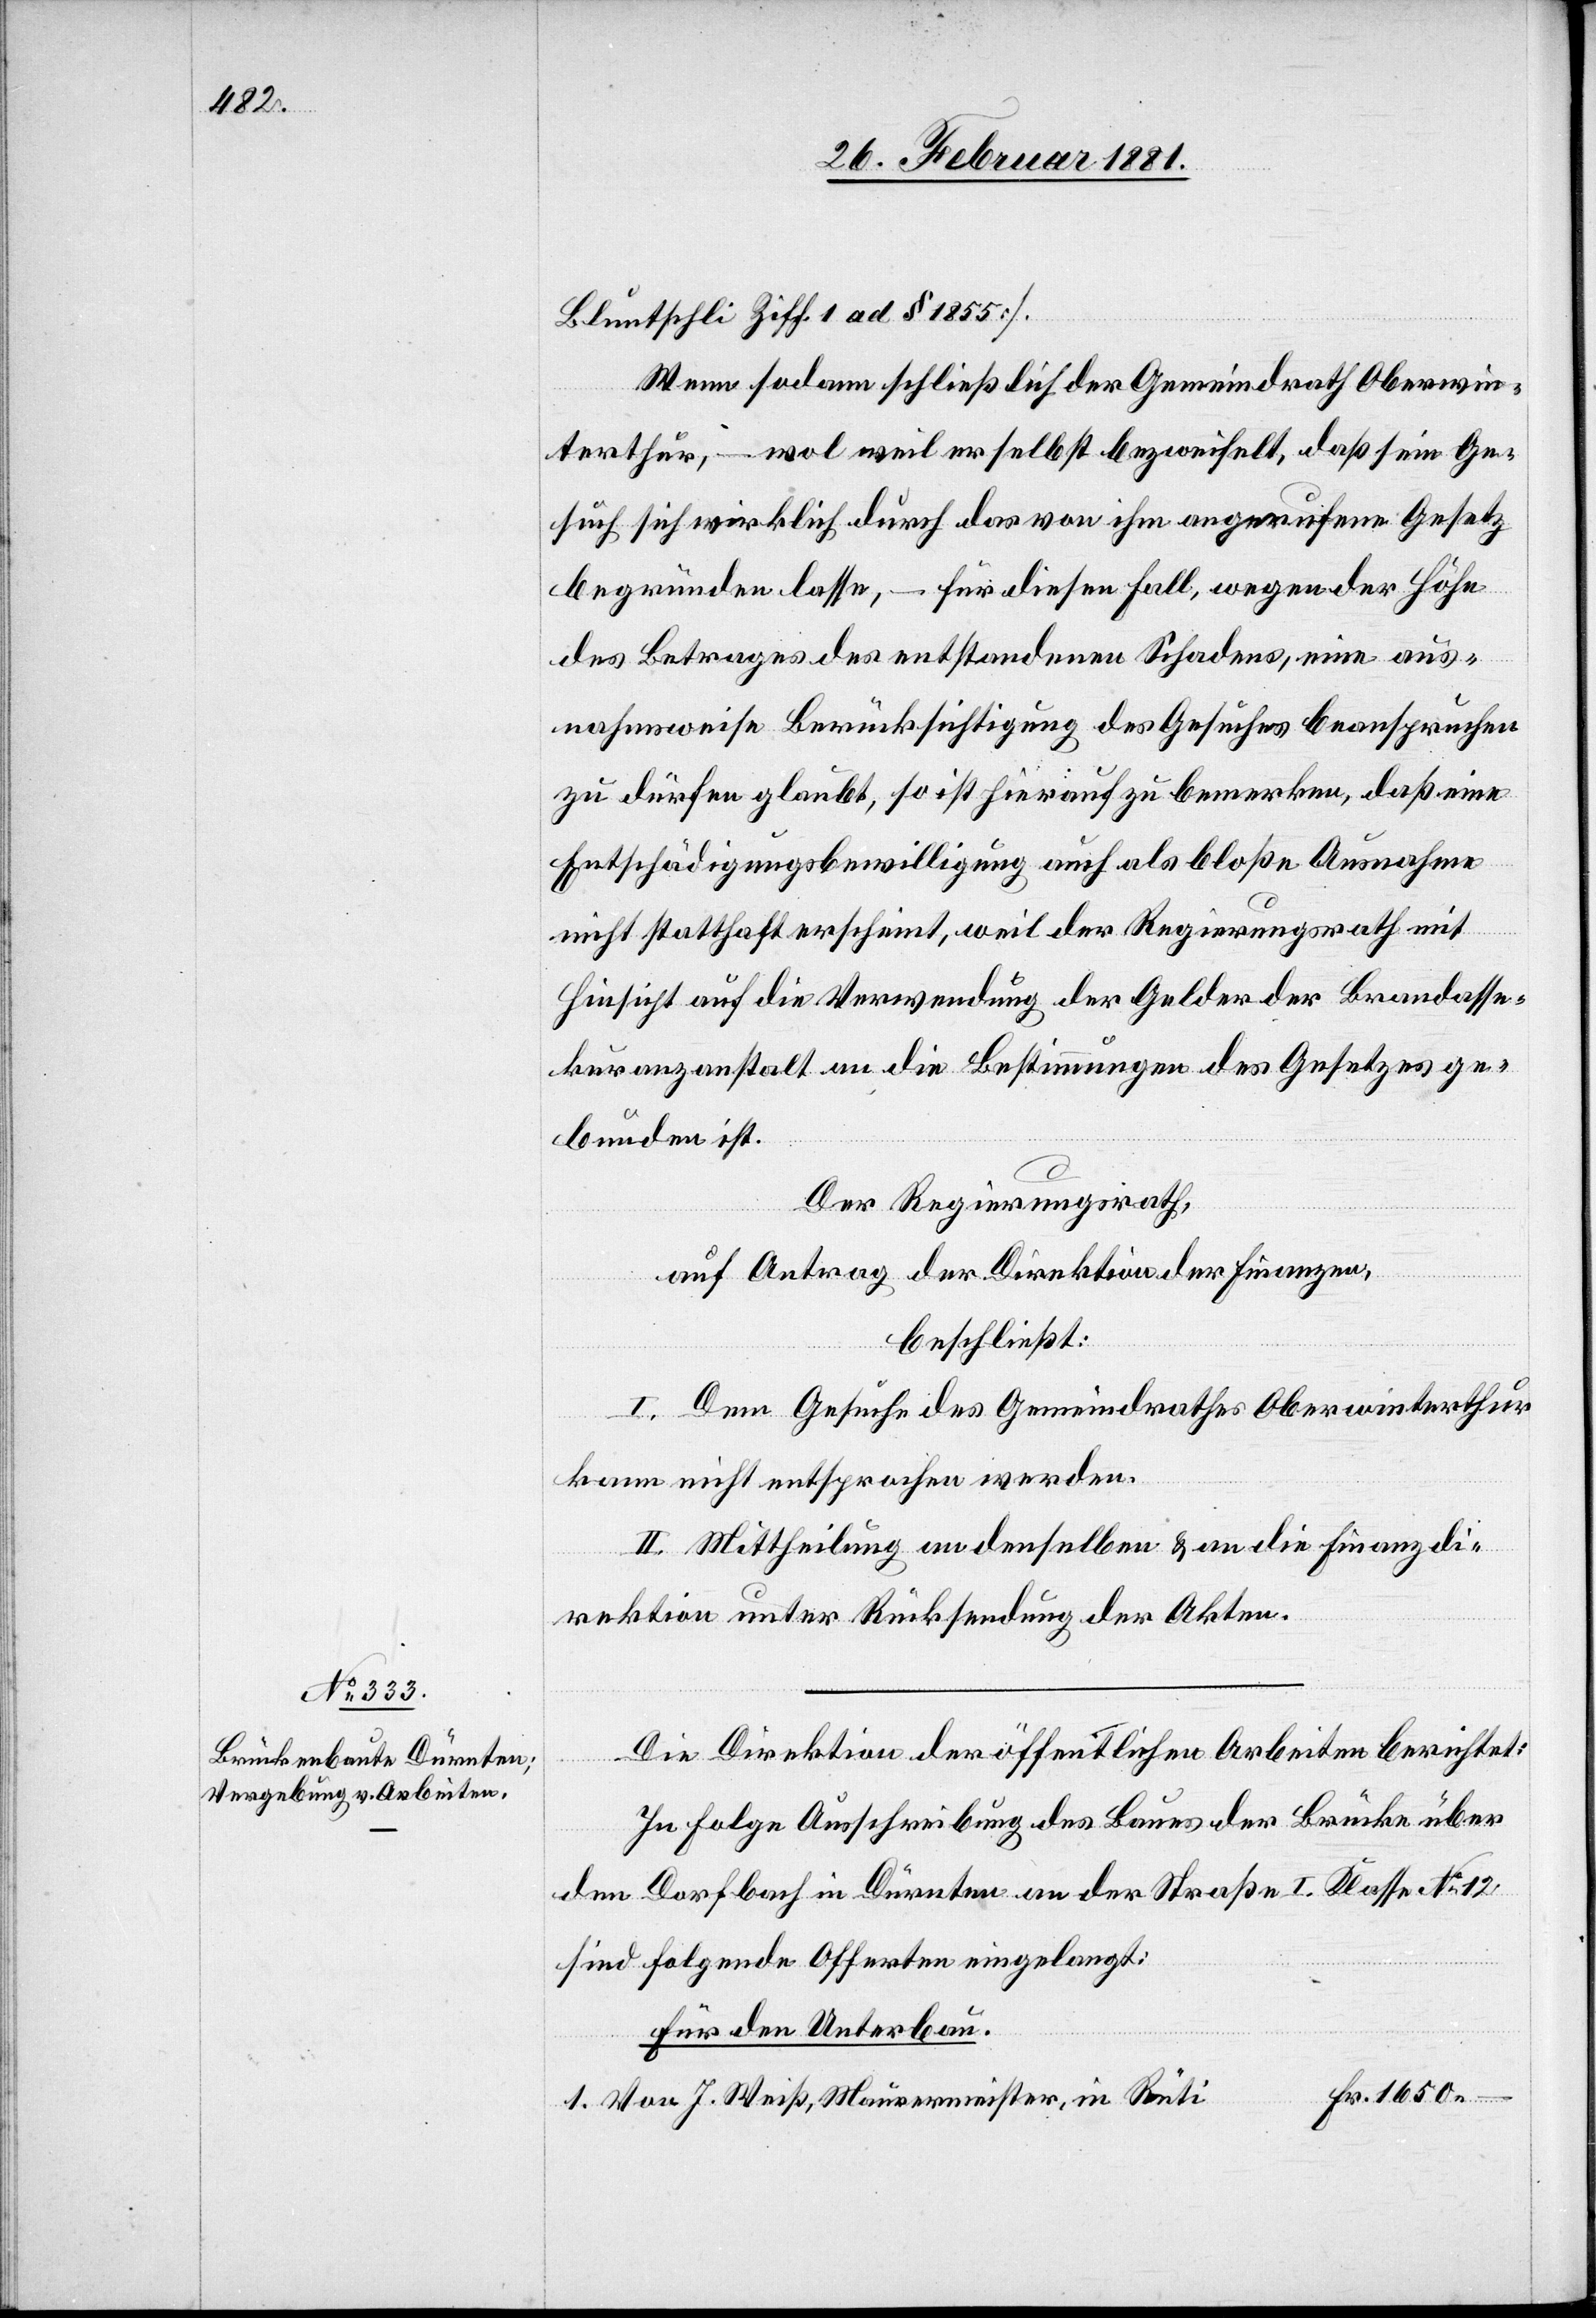
Bluntschli Ziff. 1 ad § 1855].
Wenn sodann schließlich der Gemeindrath Oberwin¬
terthur, – wol weil er selbst bezweifelt, daß sein Ge¬
such sich wirklich durch das von ihm angerufene Gesetz
begründen lasse, – für diesen Fall, wegen der Höhe
des Betrages des entstandenen Schadens, eine aus¬
nahmsweise Berücksichtigung des Gesuches beanspruchen
zu dürfen glaubt, so ist hierauf zu bemerken, daß eine
Entschädigungsbewilligung auch als bloße Ausnahme
nicht statthaft erscheint, weil der Regierungsrath mit
Hinsicht auf die Verwendung der Gelder der Brandasse¬
kuranzanstalt an die Bestimmungen des Gesetzes ge¬
bunden ist.
Der Regierungsrath,
Fr.
auf Antrag der Direktion der Finanzen,
beschließt:
I. Dem Gesuche des Gemeindrathes Oberwinterthur
kann nicht entsprochen werden.
II. Mittheilung an denselben & an die Finanzdi¬
rektion unter Rücksendung der Akten.
Die Direktion der öffentlichen Arbeiten berichtet:
–.
In Folge Ausschreibung des Baues der Brücke über
den Dorfbach in Dürnten an der Straße I. Klasse No 12,
sind folgende Offerten eingelangt:
Für den Unterbau.